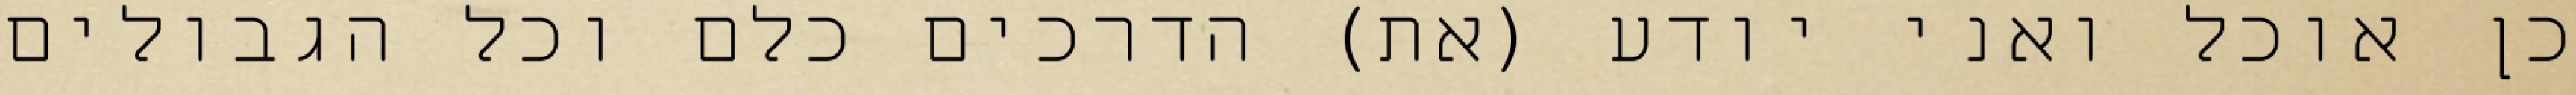
כן אוכל ואני יודע (את) הדרכים כלם וכל הגבולים